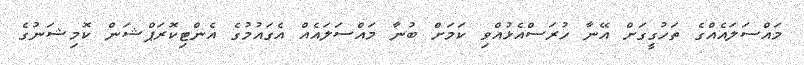
މައްސަލައެއްގެ ތަހުގީގަށް އޭނާ ހުރަސްއެޅުއްވި ކަމަށް ބުނާ މައްސަލައެއް އެގައުމުގެ އެންޓިކޮރަޕްޝަން ކޮމިޝަނުގެ